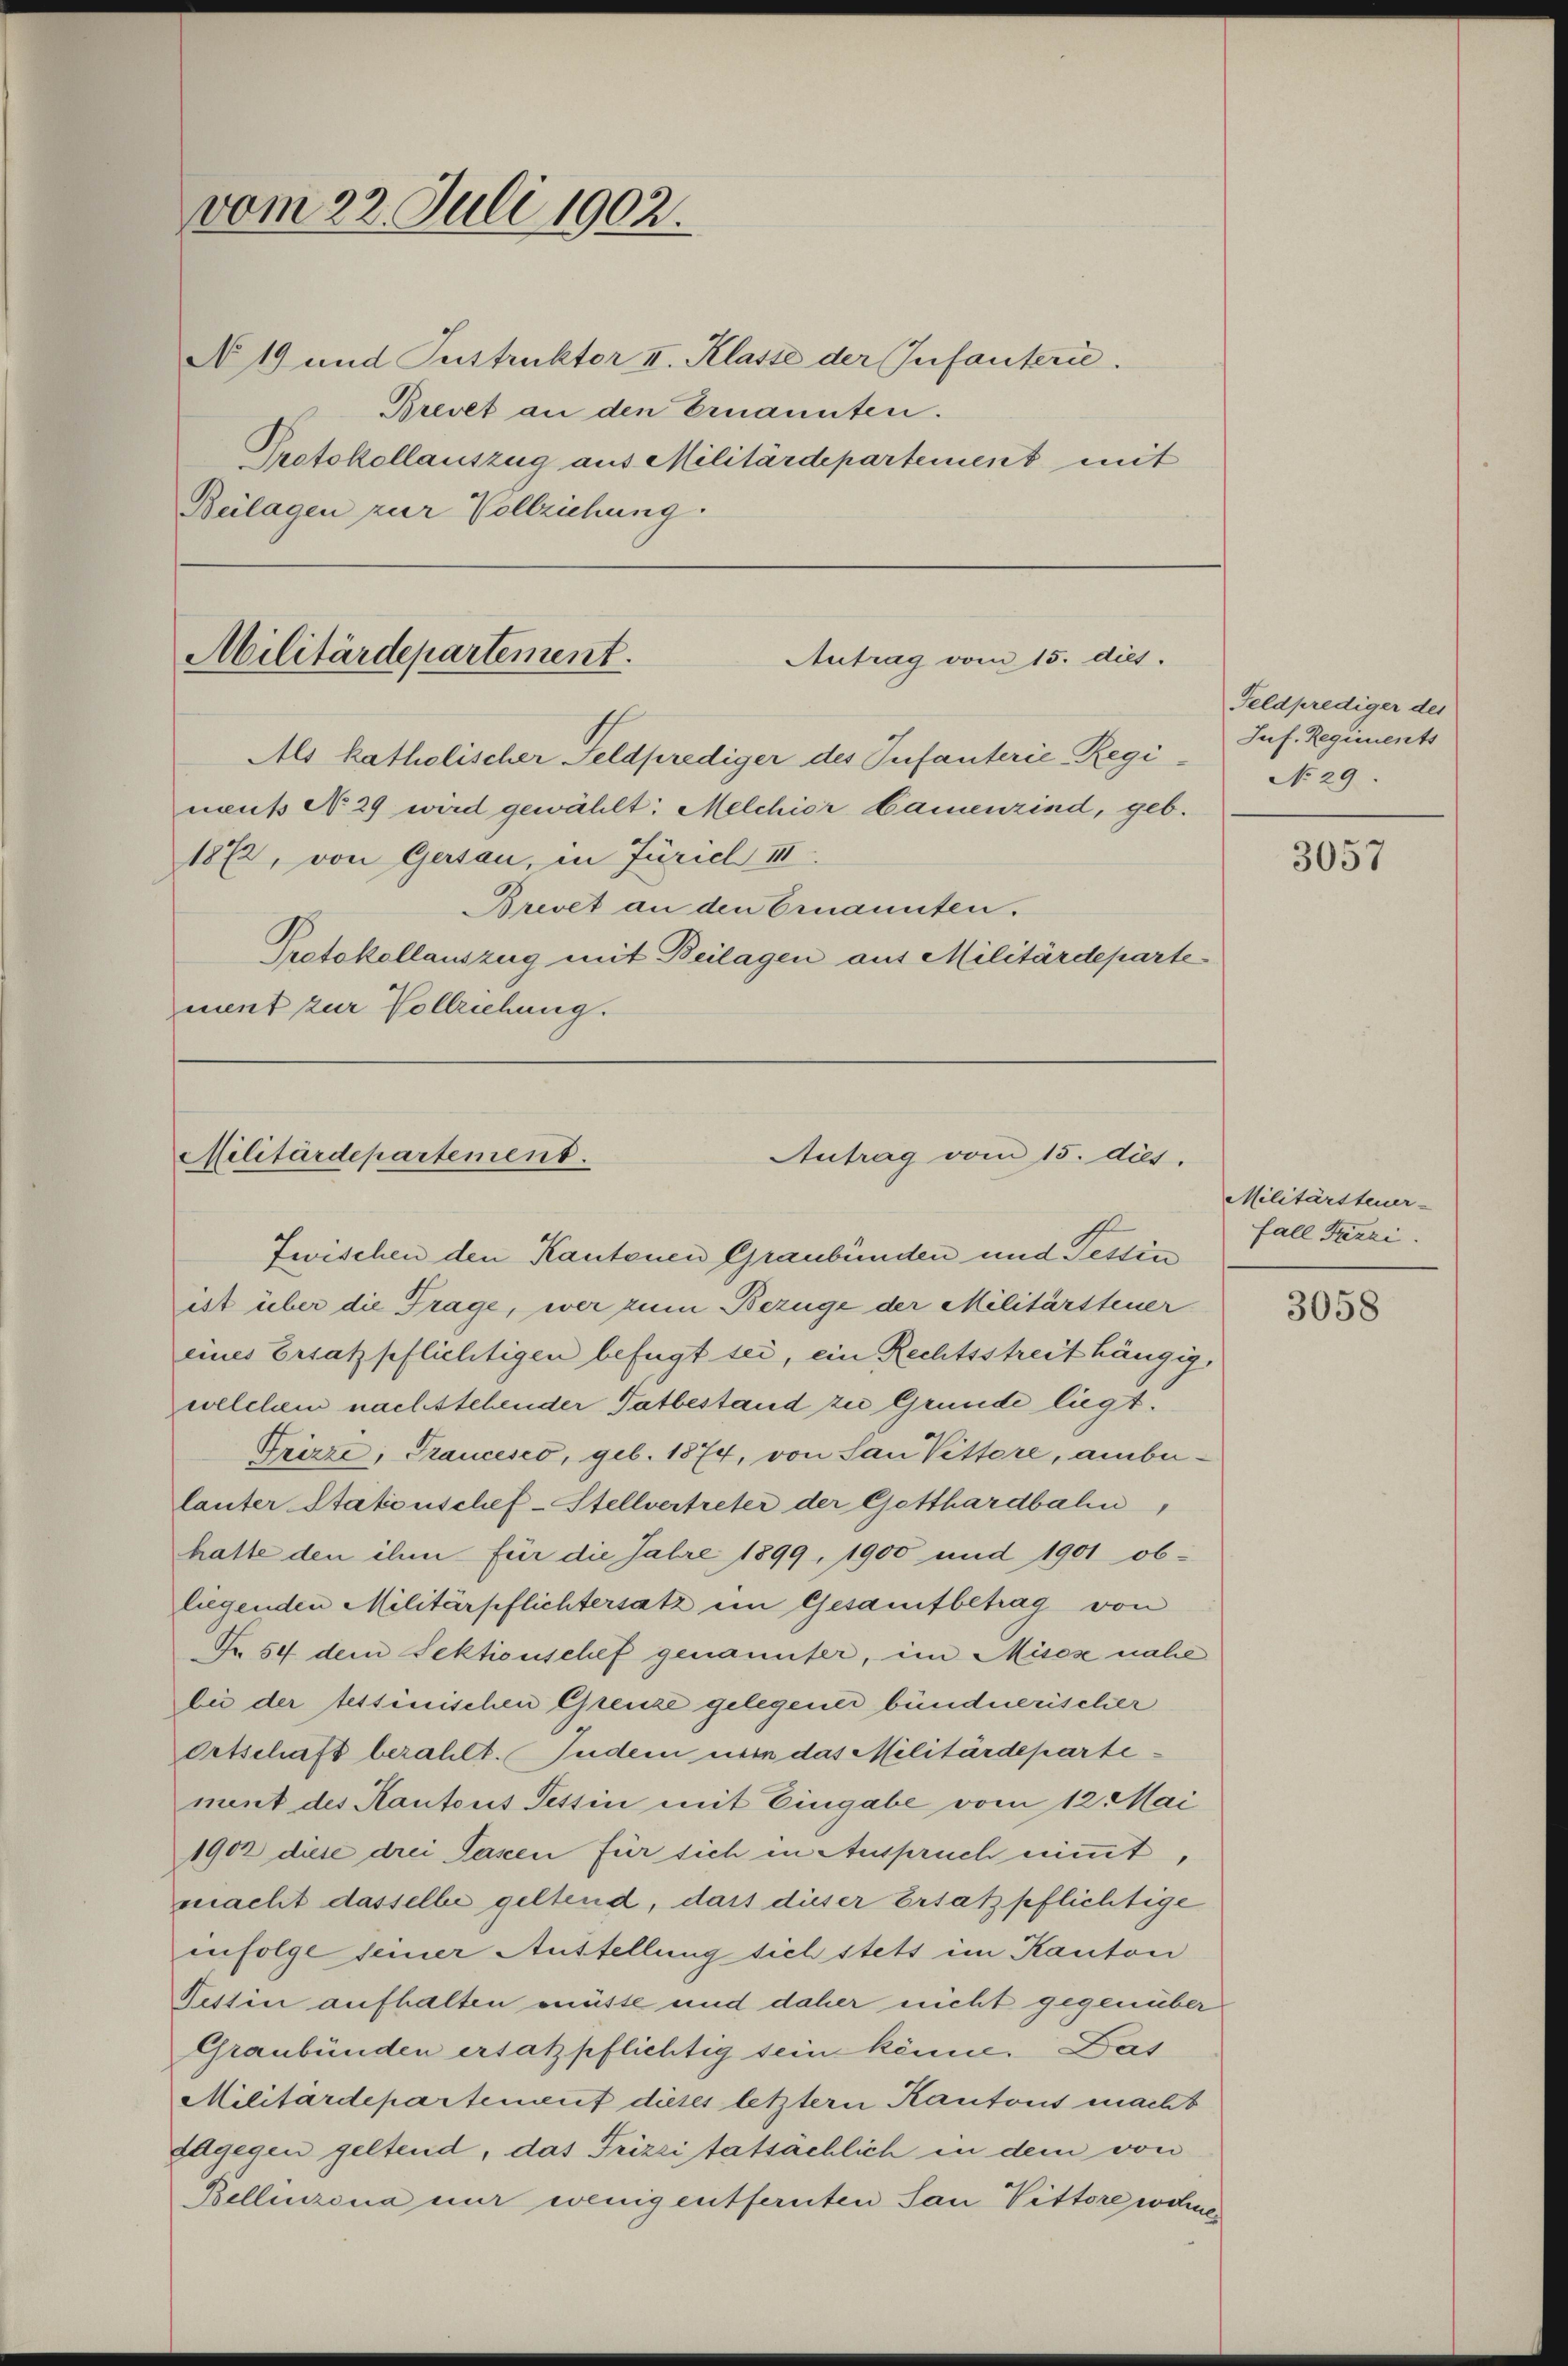
vom 22. Juli 1902.
N 19 und Instruktor II. Klasse der Infanterie.

Militärdepartement.
Antrag vom 15. dies.
Als katholischer Feldprediger des Infanterie Regi¬

Brevet an den Ernannten.
Protokollauszug mit Beilagen aus Militärdeparte
ment zur Vollziehung.

Brevet an den Ernannten.
Protokollauszug aus Militärdepartement mit
Beilagen zur Vollziehung.

1872, von Gersau, in Juricl III

neus No 29 wird gewählt: Melchior Camenzind, geb.

Antrag vom 15. dies.
Militärdepartement.
Zwischen den Kantonen Graubünden und Tessin

ist über die Frage, wer zum Bezüge der Militärsteuer
eines Ersatzpflichtigen befügt sei, ein Rechtsstreit hängig,
welchem nachstehender Tatbestand zu Grunde liegt.
Prizze, Francesco, geb. 1874, von San Vittore, anbelauter Stationschef-Stellvertreter der Gotthardbahn,
hatte den ihm für die Jahre 1899, 1900 und 1901 ob-
liegenden Militärpflichtersatz ein Gesamtbetrag von
Nr. 54 dem Sektionschef genannter, im Missse nahe
bei der tessinischen Grenze gelegenes bündnerischer
Ortschaft bezahlt. Indem nein das Militärdeparte:
ment des Kantons Tessin mit Eingabe vom 12. Mai
1902 diese drei Taxen für sich in Auspruch nimmt,
macht dasselbe geltend, dass dieser Ersatzpflichtige
enfolge seiner Anstellung sich stets im Kanton
Tessin aufhalten müsse und daher nicht gegenüber
Graubünden ersatzpflichtig sein könne. Das
Militärdepartement dieses letztern Kantons macht
adgegen geltend, das Frizzi tatsächlich in dem von
Bellinzona mir wenig entfernten San Vittore wohner

Feldprediger des
Juf. Regiments
No 29.

3057

Militärsteuer-
Fall Fazzi.

3058